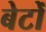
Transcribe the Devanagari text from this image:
बेटोँ